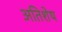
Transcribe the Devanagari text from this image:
अतिशेष